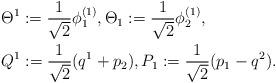
LaTeX: \begin{align*}&\Theta^{1}:=\frac{1}{\sqrt{2}}\phi^{(1)}_{1},\Theta_{1}:=\frac{1}{\sqrt{2}}\phi^{(1)}_{2},\\&Q^{1}:=\frac{1}{\sqrt{2}}(q^{1}+p_{2}), P_{1}:=\frac{1}{\sqrt{2}}(p_{1}-q^{2}).\end{align*}